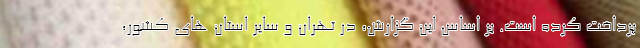
پرداخت کرده است. بر اساس این گزارش، در تهران و سایر استان های کشور،